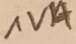
Text: 1VA